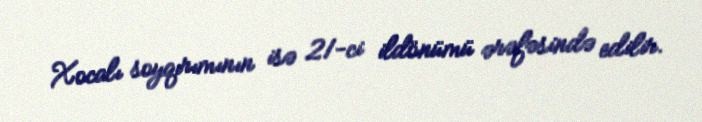
Xocalı soyqırımının isə 21-ci ildönümü ərəfəsində edilir.